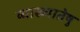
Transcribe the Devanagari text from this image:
व्याख्यातेषु